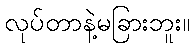
လုပ်တာနဲ့မခြားဘူး။